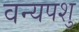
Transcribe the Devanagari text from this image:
वन्यपशु